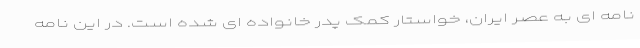
نامه ای به عصر ایران، خواستار کمک پدر خانواده ای شده است. در این نامه